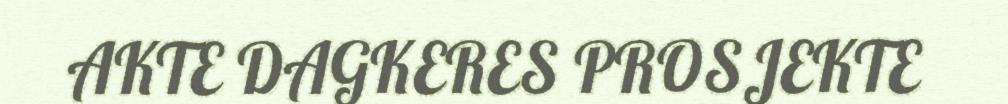
AKTE DAGKERES PROSJEKTE